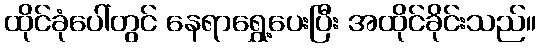
ထိုင်ခုံပေါ်တွင် နေရာရွှေ့ပေးပြီး အထိုင်ခိုင်းသည်။